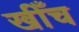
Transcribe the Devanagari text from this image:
खीँच